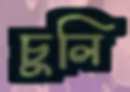
চুলি